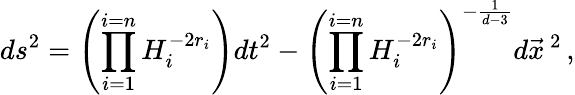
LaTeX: ds^{2}=\left(\prod_{i=1}^{i=n}H_{i}^{-2r_{i}}\right)dt^{2}-\left(\prod_{i=1}^{i=n}H_{i}^{-2r_{i}}\right)^{-\frac{1}{d-3}}d\vec{x}^{\ 2}\, ,